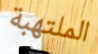
الملتهبة